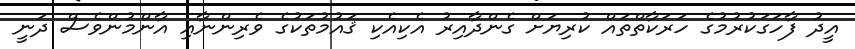
އީދު ފާހަގަކުރުމުގެ ހަރަކާތްތައް ކުރިޔަށް ގެންދާއިރު އެކިއެކި ޤައުމުތަކުގެ ވެރިންނާއި އާންމުންވެސް ދަނީ